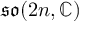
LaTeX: { \mathfrak { s o } } ( 2 n , \mathbb { C } )